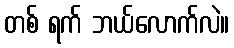
တစ် ရက် ဘယ်လောက်လဲ။